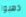
ذهبوا